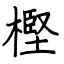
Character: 樫